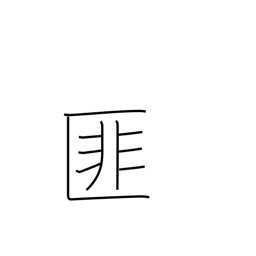
Meaning: negation